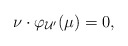
\begin{align*}\nu \cdot \varphi_{\mathcal{U}'}(\mu) = 0,\end{align*}